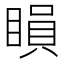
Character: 䁚